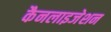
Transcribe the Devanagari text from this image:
कैनलाइजेशन